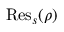
{ \mathrm { R e s } } _ { s } ( \rho )